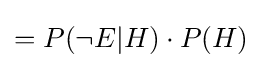
=P(\neg E|H)\cdot P(H)